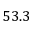
5 3 . 3